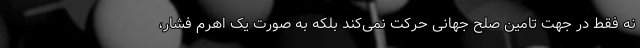
نه فقط در جهت تامین صلح جهانی حرکت نمی‌کند بلکه به صورت یک اهرم فشار،